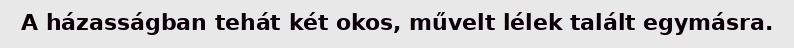
A házasságban tehát két okos, művelt lélek talált egymásra.